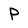
Character: p